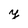
Character: y